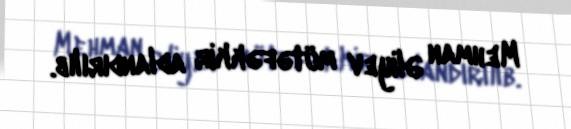
Mehman Əliyev mütəfəkkir adlandırılıb.